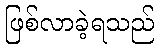
ဖြစ်လာခဲ့ရသည်